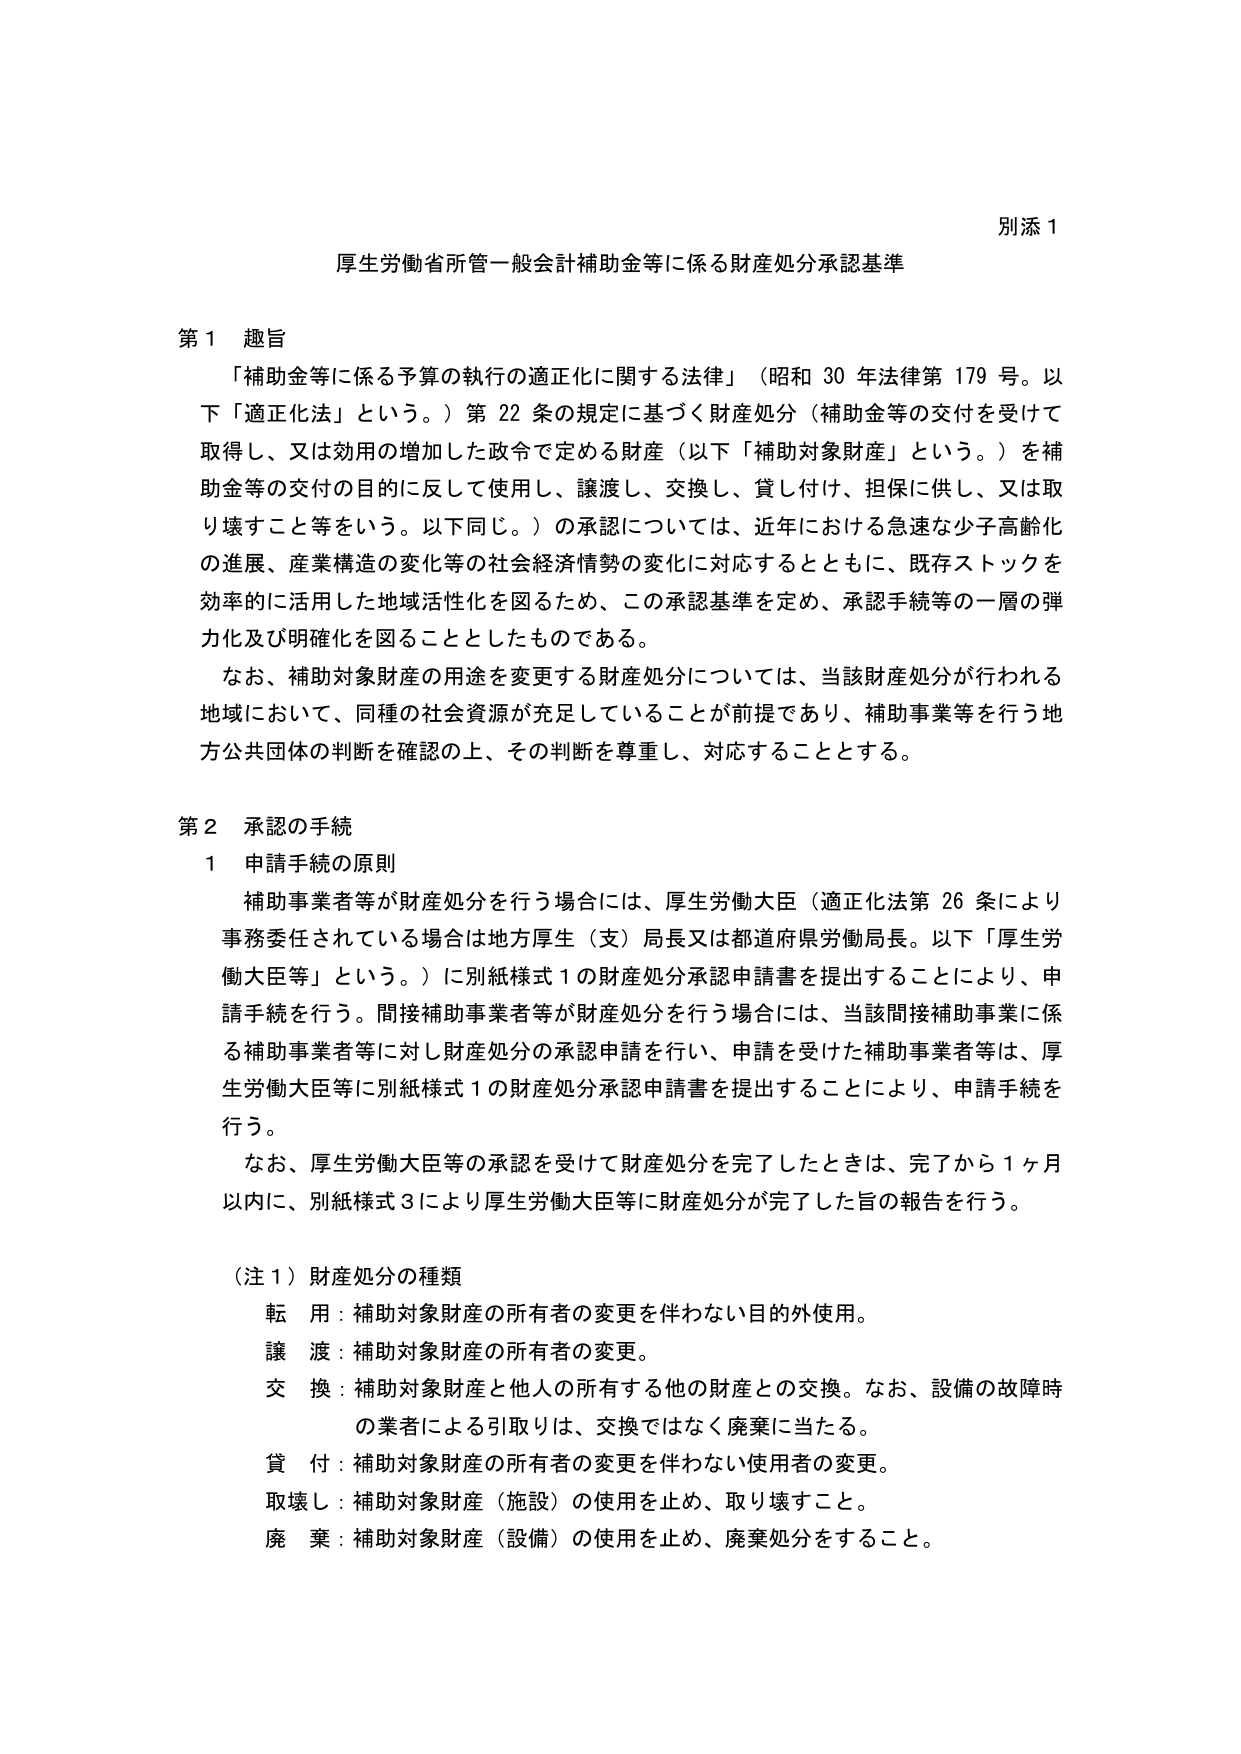
別添１

厚生労働省所管一般会計補助金等に係る財産処分承認基準

第１ 趣旨
「補助金等に係る予算の執行の適正化に関する法律」（昭和30年法律第179号。以下「適正化法」という。）第22条の規定に基づく財産処分（補助金等の交付を受けて取得し、又は効用の増加した政令で定める財産（以下「補助対象財産」という。）を補助金等の交付の目的に反して使用し、譲渡し、交換し、貸し付け、担保に供し、又は取り壊すこと等をいう。以下同じ。）の承認については、近年における急速な少子高齢化の進展、産業構造の変化等の社会経済情勢の変化に対応するとともに、既存ストックを効率的に活用した地域活性化を図るため、この承認基準を定め、承認手続等の一層の弾力化及び明確化を図ることとしたものである。
なお、補助対象財産の用途を変更する財産処分については、当該財産処分が行われる地域において、同種の社会資源が充足していることが前提であり、補助事業等を行う地方公共団体の判断を確認の上、その判断を尊重し、対応することとする。

第２ 承認の手続
１ 申請手続の原則
補助事業者等が財産処分を行う場合には、厚生労働大臣（適正化法第26条により事務委任されている場合は地方厚生（支）局長又は都道府県労働局長。以下「厚生労働大臣等」という。）に別紙様式１の財産処分承認申請書を提出することにより、申請手続を行う。間接補助事業者等が財産処分を行う場合には、当該間接補助事業に係る補助事業者等に対し財産処分の承認申請を行い、申請を受けた補助事業者等は、厚生労働大臣等に別紙様式１の財産処分承認申請書を提出することにより、申請手続を行う。
なお、厚生労働大臣等の承認を受けて財産処分を完了したときは、完了から１ヶ月以内に、別紙様式３により厚生労働大臣等に財産処分が完了した旨の報告を行う。

（注１）財産処分の種類
転用：補助対象財産の所有者の変更を伴わない目的外使用。
譲渡：補助対象財産の所有者の変更。
交換：補助対象財産と他人の所有する他の財産との交換。なお、設備の故障時の業者による引取りは、交換ではなく廃棄に当たる。
貸付：補助対象財産の所有者の変更を伴わない使用者の変更。
取壊し：補助対象財産（施設）の使用を止め、取り壊すこと。
廃棄：補助対象財産（設備）の使用を止め、廃棄処分をすること。